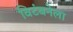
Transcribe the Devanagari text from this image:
विटंबनेला